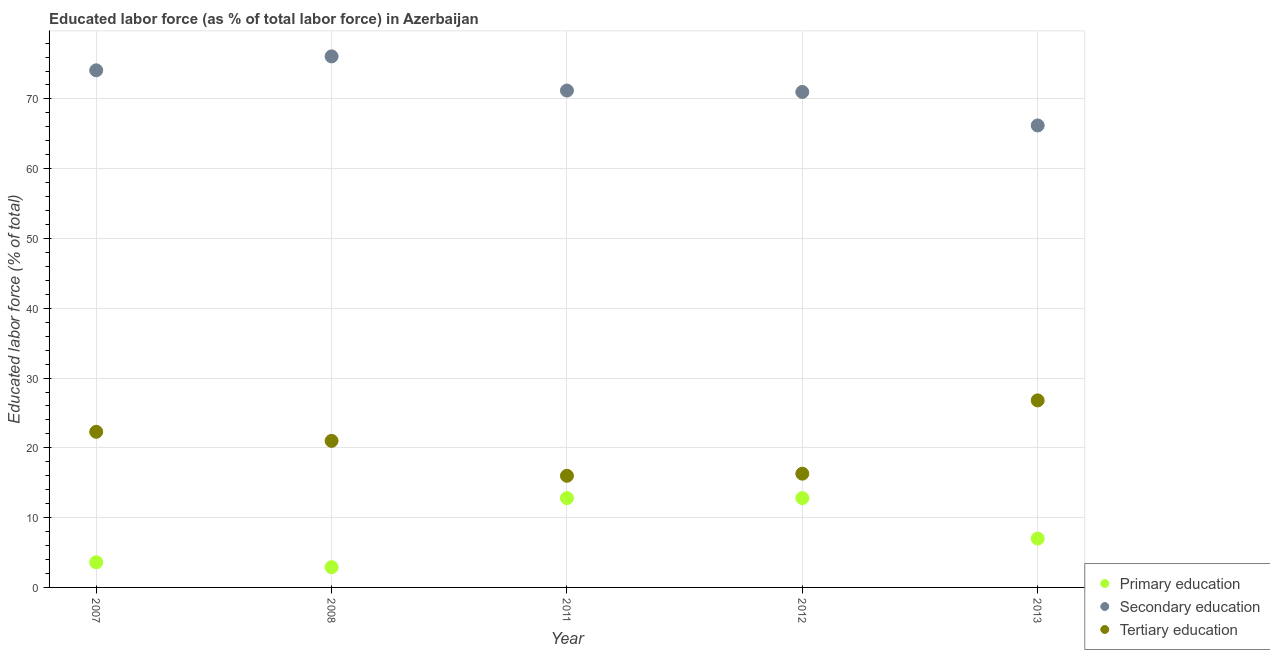
| Year | Primary education | Secondary education | Tertiary education |
 | --- | --- | --- | --- |
 | 2007 | 3.6 | 74.1 | 22.3 |
 | 2008 | 2.9 | 76.1 | 21 |
 | 2011 | 12.8 | 71.2 | 16 |
 | 2012 | 12.8 | 71 | 16.3 |
 | 2013 | 7 | 66.2 | 26.8 |